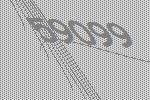
59099